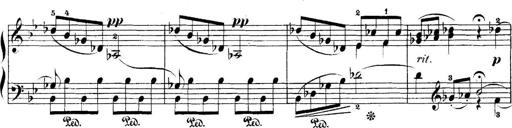
Title: 5 Sonatinas
Composer: Theodor Kirchner